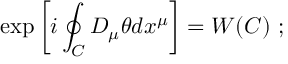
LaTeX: \exp \left[ i \oint _ { C } D _ { \mu } \theta d x ^ { \mu } \right] = W ( C ) ~ ;